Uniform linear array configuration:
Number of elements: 24
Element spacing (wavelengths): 0.25
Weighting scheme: blackman
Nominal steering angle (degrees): -15
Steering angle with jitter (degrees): -14.834
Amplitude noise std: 0.05
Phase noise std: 0.05

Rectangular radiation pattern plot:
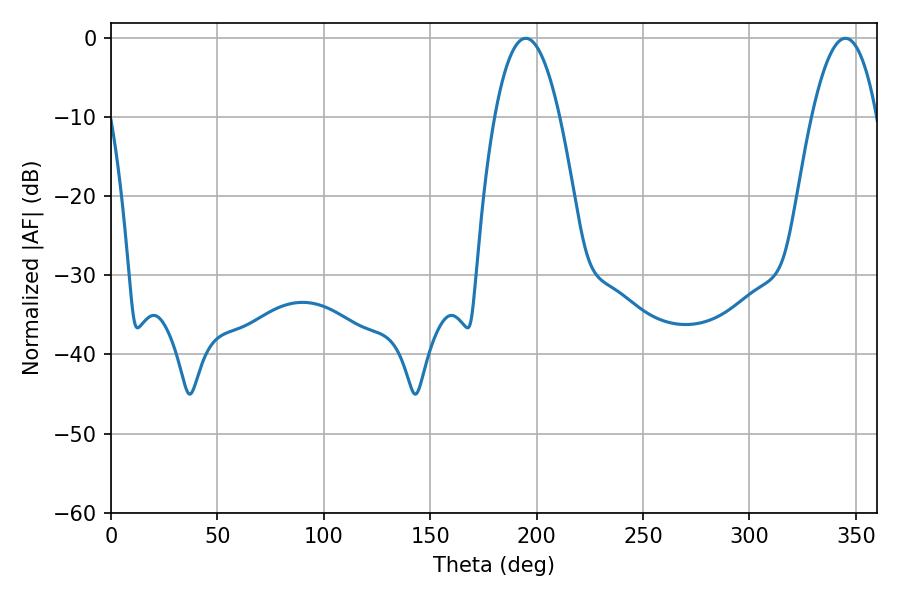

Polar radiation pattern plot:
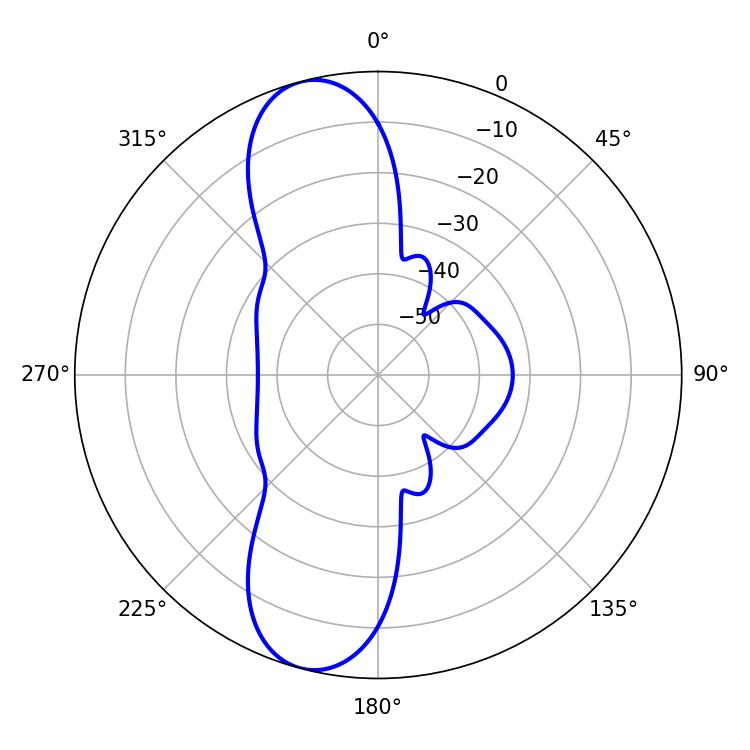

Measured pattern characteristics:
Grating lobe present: FALSE
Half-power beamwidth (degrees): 16.92
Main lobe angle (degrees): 345.06